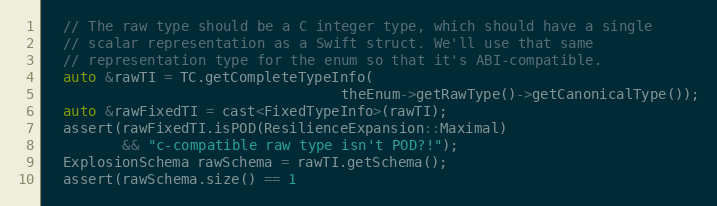
Language: C++
  // The raw type should be a C integer type, which should have a single
  // scalar representation as a Swift struct. We'll use that same
  // representation type for the enum so that it's ABI-compatible.
  auto &rawTI = TC.getCompleteTypeInfo(
                                   theEnum->getRawType()->getCanonicalType());
  auto &rawFixedTI = cast<FixedTypeInfo>(rawTI);
  assert(rawFixedTI.isPOD(ResilienceExpansion::Maximal)
         && "c-compatible raw type isn't POD?!");
  ExplosionSchema rawSchema = rawTI.getSchema();
  assert(rawSchema.size() == 1